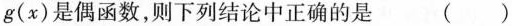
g\begin{pmatrix} x \end{pmatrix} 是偶函数，则下列结论中正确的是 \begin{pmatrix} \end{pmatrix}